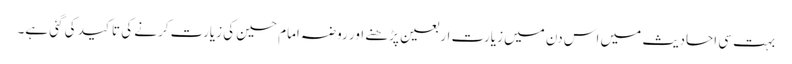
بہت سی احادیث میں اس دن میں زیارت اربعین پڑھنے اور روضہ امام حسین کی زیارت کرنے کی تاکید کی گئی ہے۔